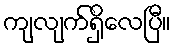
ကျလျက်ရှိလေပြီ။